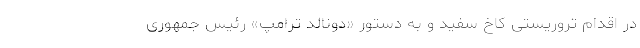
در اقدام تروریستی کاخ سفید و به دستور «دونالد ترامپ» رئیس جمهوری